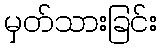
မှတ်သားခြင်း